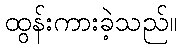
ထွန်းကားခဲ့သည်။